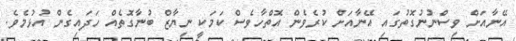
އޭނާއަށް ވިސްނުނުގޮތުގައި އޭނާއަށް ކުރެވެން އޮތްހާވެސް ކަމަކީ ނިޔާޒް ބުނާގޮތެއް ހަދައިގެން އުޅުމެވެ.